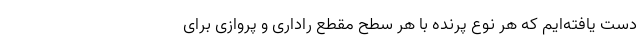
دست یافته‌ایم که هر نوع پرنده با هر سطح مقطع راداری و پروازی برای